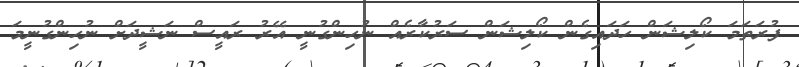
ފުރަތަމަ ކޯލިޝަން ހަދައިގެން ކޯލިޝަން ސަރުކާރެއް ނުހިންގުނީ އޭރު ރައީސް ނަޝީދަށް ނުހިންގުނީމަ